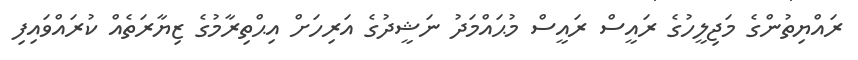
ރައްޔިތުންގެ މަޖިލީހުގެ ރައީސް ރައީސް މުޙައްމަދު ނަޝީދުގެ އަރިހަށް އިޙްތިރާމުގެ ޒިޔާރަތެއް ކުރައްވައިފި